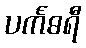
ပင်္ကဓရီ